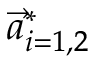
\vec { a } _ { i = 1 , 2 } ^ { * }